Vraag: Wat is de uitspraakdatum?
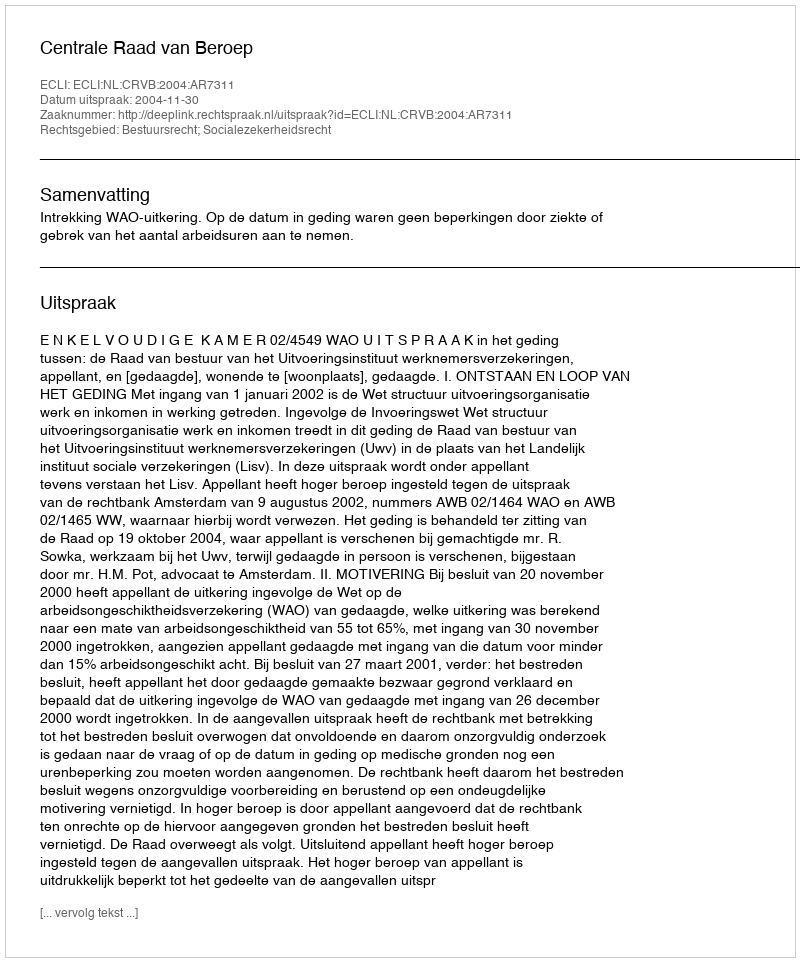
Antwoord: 2004-11-30